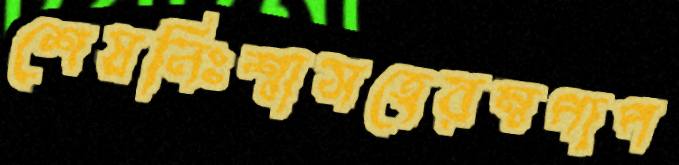
শেষনিঃশ্বাসহেরম্বপাপ